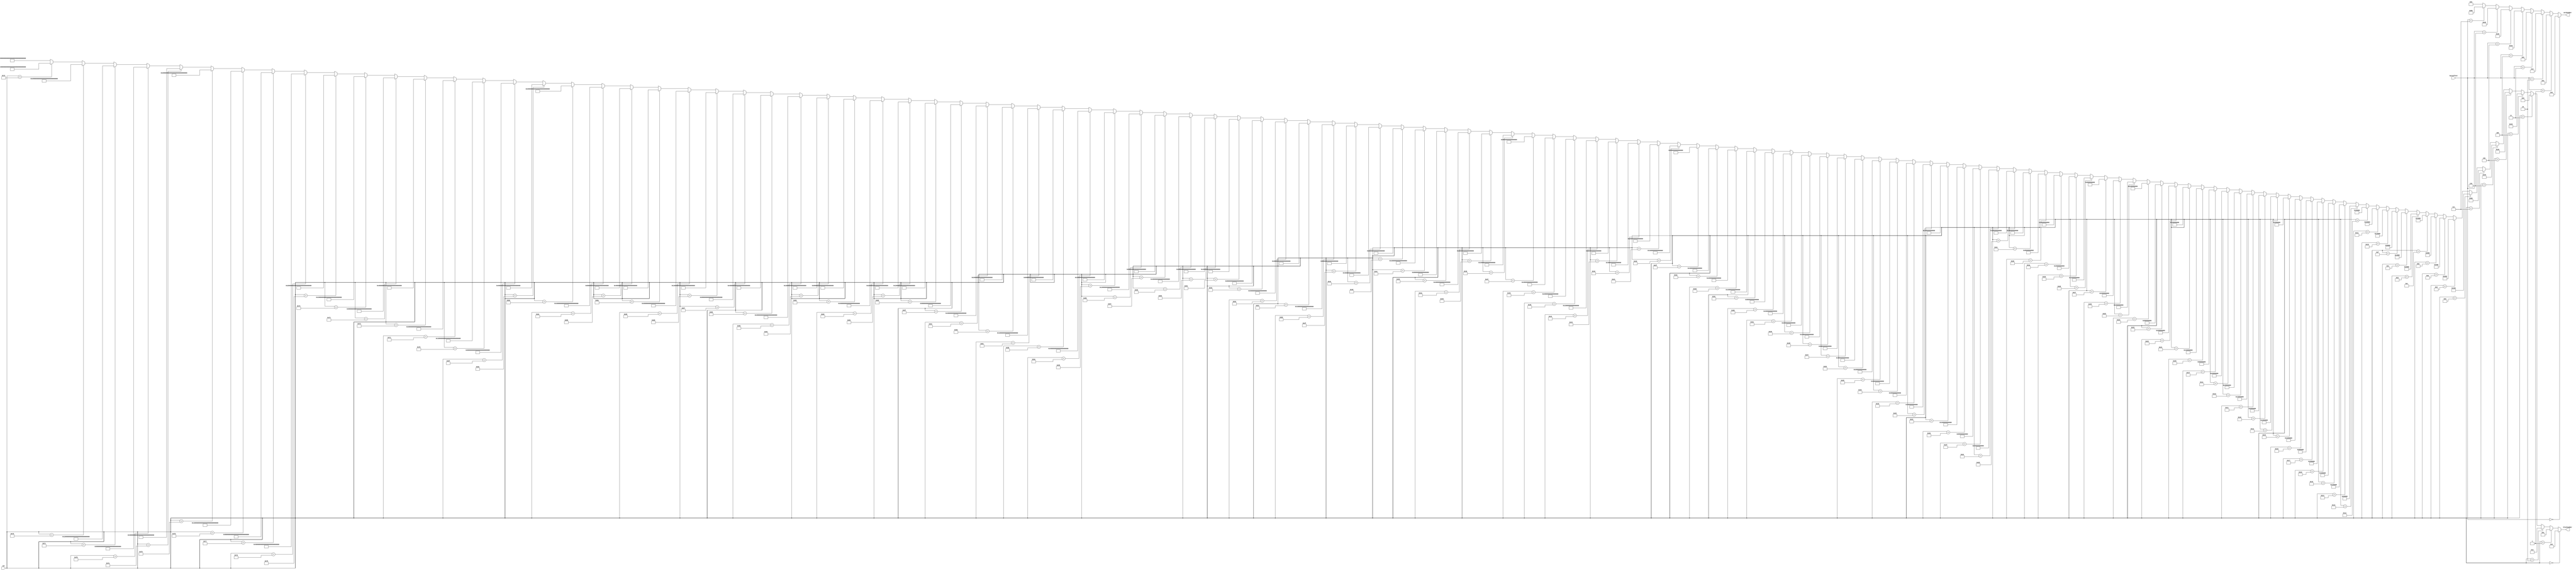
module cache_access_decoder(byteoffset, set, blocknumber, wordnumber);

input [2:0] byteoffset;
input [6:0] set;

output [7:0] wordnumber;
output [127:0] blocknumber;


//3-8 DECODER
assign wordnumber = (byteoffset == 3'b000) ? 8'b00000001:
		(byteoffset == 3'b001) ? 8'b00000010:
		(byteoffset == 3'b010) ? 8'b00000100:
		(byteoffset == 3'b011) ? 8'b00001000:
		(byteoffset == 3'b100) ? 8'b00010000:
		(byteoffset == 3'b101) ? 8'b00100000:
		(byteoffset == 3'b110) ? 8'b01000000:
		(byteoffset == 3'b111) ? 8'b10000000:
		 8'b00000000; //default case 


//7-128 DECODER
assign blocknumber = (set == 7'b0000000) ? 128'h00000000000000000000000000000001:
		(set == 7'b0000001) ? 128'h00000000000000000000000000000002:
		(set == 7'b0000010) ? 128'h00000000000000000000000000000004:
		(set == 7'b0000011) ? 128'h00000000000000000000000000000008:
		(set == 7'b0000100) ? 128'h00000000000000000000000000000010:
		(set == 7'b0000101) ? 128'h00000000000000000000000000000020:
		(set == 7'b0000110) ? 128'h00000000000000000000000000000040:
		(set == 7'b0000111) ? 128'h00000000000000000000000000000080:
		(set == 7'b0001000) ? 128'h00000000000000000000000000000100:
		(set == 7'b0001001) ? 128'h00000000000000000000000000000200:
		(set == 7'b0001010) ? 128'h00000000000000000000000000000400:
		(set == 7'b0001011) ? 128'h00000000000000000000000000000800:
		(set == 7'b0001100) ? 128'h00000000000000000000000000001000:
		(set == 7'b0001101) ? 128'h00000000000000000000000000002000:
		(set == 7'b0001110) ? 128'h00000000000000000000000000004000:
		(set == 7'b0001111) ? 128'h00000000000000000000000000008000:
		(set == 7'b0010000) ? 128'h00000000000000000000000000010000:
		(set == 7'b0010001) ? 128'h00000000000000000000000000020000:
		(set == 7'b0010010) ? 128'h00000000000000000000000000040000:
		(set == 7'b0010011) ? 128'h00000000000000000000000000080000:
		(set == 7'b0010100) ? 128'h00000000000000000000000000100000:
		(set == 7'b0010101) ? 128'h00000000000000000000000000200000:
		(set == 7'b0010110) ? 128'h00000000000000000000000000400000:
		(set == 7'b0010111) ? 128'h00000000000000000000000000800000:
		(set == 7'b0011000) ? 128'h00000000000000000000000001000000:
		(set == 7'b0011001) ? 128'h00000000000000000000000002000000:
		(set == 7'b0011010) ? 128'h00000000000000000000000004000000:
		(set == 7'b0011011) ? 128'h00000000000000000000000008000000:
		(set == 7'b0011100) ? 128'h00000000000000000000000010000000:
		(set == 7'b0011101) ? 128'h00000000000000000000000020000000:
		(set == 7'b0011110) ? 128'h00000000000000000000000040000000:
		(set == 7'b0011111) ? 128'h00000000000000000000000080000000:
		(set == 7'b0100000) ? 128'h00000000000000000000000100000000:
		(set == 7'b0100001) ? 128'h00000000000000000000000200000000:
		(set == 7'b0100010) ? 128'h00000000000000000000000400000000:
		(set == 7'b0100011) ? 128'h00000000000000000000000800000000:
		(set == 7'b0100100) ? 128'h00000000000000000000001000000000:
		(set == 7'b0100101) ? 128'h00000000000000000000002000000000:
		(set == 7'b0100110) ? 128'h00000000000000000000004000000000:
		(set == 7'b0100111) ? 128'h00000000000000000000008000000000:
		(set == 7'b0101000) ? 128'h00000000000000000000010000000000:
		(set == 7'b0101001) ? 128'h00000000000000000000020000000000:
		(set == 7'b0101010) ? 128'h00000000000000000000040000000000:
		(set == 7'b0101011) ? 128'h00000000000000000000080000000000:
		(set == 7'b0101100) ? 128'h00000000000000000000100000000000:
		(set == 7'b0101101) ? 128'h00000000000000000000200000000000:
		(set == 7'b0101110) ? 128'h00000000000000000000400000000000:
		(set == 7'b0101111) ? 128'h00000000000000000000800000000000:
		(set == 7'b0110000) ? 128'h00000000000000000001000000000000:
		(set == 7'b0110001) ? 128'h00000000000000000002000000000000:
		(set == 7'b0110010) ? 128'h00000000000000000004000000000000:
		(set == 7'b0110011) ? 128'h00000000000000000008000000000000:
		(set == 7'b0110100) ? 128'h00000000000000000010000000000000:
		(set == 7'b0110101) ? 128'h00000000000000000020000000000000:
		(set == 7'b0110110) ? 128'h00000000000000000040000000000000:
		(set == 7'b0110111) ? 128'h00000000000000000080000000000000:
		(set == 7'b0111000) ? 128'h00000000000000000100000000000000:
		(set == 7'b0111001) ? 128'h00000000000000000200000000000000:
		(set == 7'b0111010) ? 128'h00000000000000000400000000000000:
		(set == 7'b0111011) ? 128'h00000000000000000800000000000000:
		(set == 7'b0111100) ? 128'h00000000000000001000000000000000:
		(set == 7'b0111101) ? 128'h00000000000000002000000000000000:
		(set == 7'b0111110) ? 128'h00000000000000004000000000000000:
		(set == 7'b0111111) ? 128'h00000000000000008000000000000000:
		(set == 7'b1000000) ? 128'h00000000000000010000000000000000:
		(set == 7'b1000001) ? 128'h00000000000000020000000000000000:
		(set == 7'b1000010) ? 128'h00000000000000040000000000000000:
		(set == 7'b1000011) ? 128'h00000000000000080000000000000000:
		(set == 7'b1000100) ? 128'h00000000000000100000000000000000:
		(set == 7'b1000101) ? 128'h00000000000000200000000000000000:
		(set == 7'b1000110) ? 128'h00000000000000400000000000000000:
		(set == 7'b1000111) ? 128'h00000000000000800000000000000000:
		(set == 7'b1001000) ? 128'h00000000000001000000000000000000:
		(set == 7'b1001001) ? 128'h00000000000002000000000000000000:
		(set == 7'b1001010) ? 128'h00000000000004000000000000000000:
		(set == 7'b1001011) ? 128'h00000000000008000000000000000000:
		(set == 7'b1001100) ? 128'h00000000000010000000000000000000:
		(set == 7'b1001101) ? 128'h00000000000020000000000000000000:
		(set == 7'b1001110) ? 128'h00000000000040000000000000000000:
		(set == 7'b1001111) ? 128'h00000000000080000000000000000000:
		(set == 7'b1010000) ? 128'h00000000000100000000000000000000:
		(set == 7'b1010001) ? 128'h00000000000200000000000000000000:
		(set == 7'b1010010) ? 128'h00000000000400000000000000000000:
		(set == 7'b1010011) ? 128'h00000000000800000000000000000000:
		(set == 7'b1010100) ? 128'h00000000001000000000000000000000:
		(set == 7'b1010101) ? 128'h00000000002000000000000000000000:
		(set == 7'b1010110) ? 128'h00000000004000000000000000000000:
		(set == 7'b1010111) ? 128'h00000000008000000000000000000000:
		(set == 7'b1011000) ? 128'h00000000010000000000000000000000:
		(set == 7'b1011001) ? 128'h00000000020000000000000000000000:
		(set == 7'b1011010) ? 128'h00000000040000000000000000000000:
		(set == 7'b1011011) ? 128'h00000000080000000000000000000000:
		(set == 7'b1011100) ? 128'h00000000100000000000000000000000:
		(set == 7'b1011101) ? 128'h00000000200000000000000000000000:
		(set == 7'b1011110) ? 128'h00000000400000000000000000000000:
		(set == 7'b1011111) ? 128'h00000000800000000000000000000000:
		(set == 7'b1100000) ? 128'h00000001000000000000000000000000:
		(set == 7'b1100001) ? 128'h00000002000000000000000000000000:
		(set == 7'b1100010) ? 128'h00000004000000000000000000000000:
		(set == 7'b1100011) ? 128'h00000008000000000000000000000000:
		(set == 7'b1100100) ? 128'h00000010000000000000000000000000:
		(set == 7'b1100101) ? 128'h00000020000000000000000000000000:
		(set == 7'b1100110) ? 128'h00000040000000000000000000000000:
		(set == 7'b1100111) ? 128'h00000080000000000000000000000000:
		(set == 7'b1101000) ? 128'h00000100000000000000000000000000:
		(set == 7'b1101001) ? 128'h00000200000000000000000000000000:
		(set == 7'b1101010) ? 128'h00000400000000000000000000000000:
		(set == 7'b1101011) ? 128'h00000800000000000000000000000000:
		(set == 7'b1101100) ? 128'h00001000000000000000000000000000:
		(set == 7'b1101101) ? 128'h00002000000000000000000000000000:
		(set == 7'b1101110) ? 128'h00004000000000000000000000000000:
		(set == 7'b1101111) ? 128'h00008000000000000000000000000000:
		(set == 7'b1110000) ? 128'h00010000000000000000000000000000:
		(set == 7'b1110001) ? 128'h00020000000000000000000000000000:
		(set == 7'b1110010) ? 128'h00040000000000000000000000000000:
		(set == 7'b1110011) ? 128'h00080000000000000000000000000000:
		(set == 7'b1110100) ? 128'h00100000000000000000000000000000:
		(set == 7'b1110101) ? 128'h00200000000000000000000000000000:
		(set == 7'b1110110) ? 128'h00400000000000000000000000000000:
		(set == 7'b1110111) ? 128'h00800000000000000000000000000000:
		(set == 7'b1111000) ? 128'h01000000000000000000000000000000:
		(set == 7'b1111001) ? 128'h02000000000000000000000000000000:
		(set == 7'b1111010) ? 128'h04000000000000000000000000000000:
		(set == 7'b1111011) ? 128'h08000000000000000000000000000000:
		(set == 7'b1111100) ? 128'h10000000000000000000000000000000:
		(set == 7'b1111101) ? 128'h20000000000000000000000000000000:
		(set == 7'b1111110) ? 128'h40000000000000000000000000000000:
		 128'h80000000000000000000000000000000; //default case 

endmodule